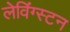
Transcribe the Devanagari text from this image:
लेविंग्स्टन